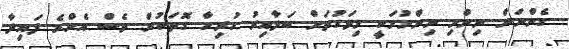
ގެންނަން ނިންމި ނިންމުމަކީ މިވަގުތަށް ބަލާއިރު ހުރިހާ ގޮތަކުން ވެސް އެންމެ ފައިދާ